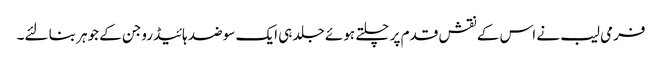
فرمی لیب نے اس کے نقش قدم پر چلتے ہوئے جلد ہی ایک سو ضد ہائیڈروجن کے جوہر بنا لئے۔